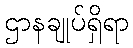
ဌာနချုပ်ရှိရာ